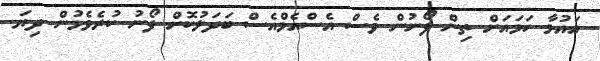
އައުމާ ހަމައަށް ތިން ފޯނުން ވެސް އެސްއެމްއެސް ބަދަލުކޮށް ފޯނު ކުރެވެމުން ދިޔަ